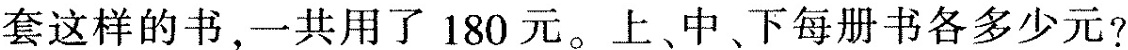
套这样的书，一共用了180元。上、中、下每册书各多少元?